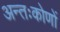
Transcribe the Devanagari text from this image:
अन्तःकोणों